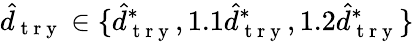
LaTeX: \hat{d}_{\mathrm{~t~r~y~}}\in\lbrace\hat{d}_{\mathrm{~t~r~y~}}^{*},1.1\hat{d}_{\mathrm{~t~r~y~}}^{*},1.2\hat{d}_{\mathrm{~t~r~y~}}^{*}\rbrace